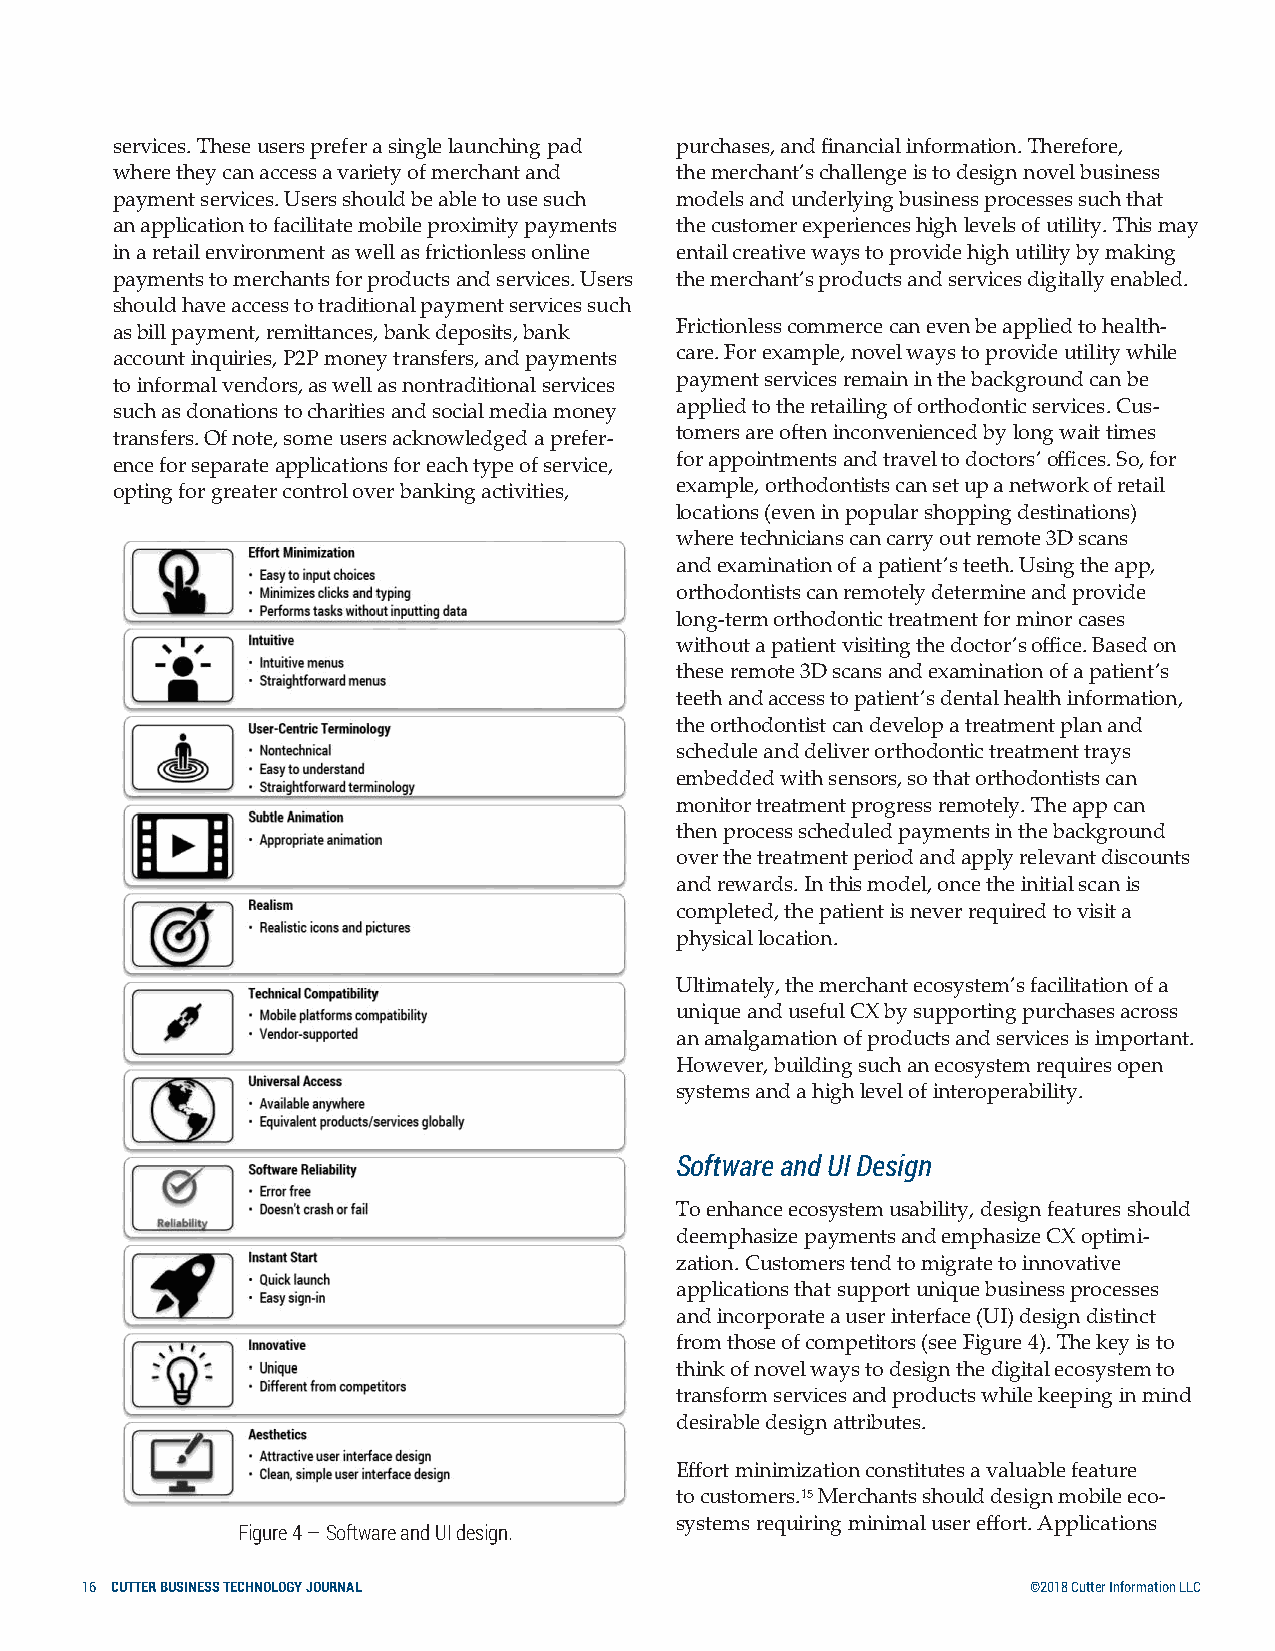
services. These users prefer a single launching pad purchases, and financial information. Therefore,
 where they can access a variety of merchant and the merchant’s challenge is to design novel business
 payment services. Users should be able to use such models and underlying business processes such that
 an application to facilitate mobile proximity payments the customer experiences high levels of utility. This may
 in a retail environment as well as frictionless online entail creative ways to provide high utility by making
 payments to merchants for products and services. Users the merchant’s products and services digitally enabled.
 should have access to traditional payment services such
 as bill payment, remittances, bank deposits, bank Frictionless commerce can even be applied to health-
 account inquiries, P2P money transfers, and payments care. For example, novel ways to provide utility while
 to informal vendors, as well as nontraditional services payment services remain in the background can be
 such as donations to charities and social media money applied to the retailing of orthodontic services. Cus-
 transfers. Of note, some users acknowledged a prefer- tomers are often inconvenienced by long wait times
 ence for separate applications for each type of service, for appointments and travel to doctors’ offices. So, for
 opting for greater control over banking activities, example, orthodontists can set up a network of retail
 locations (even in popular shopping destinations)
 where technicians can carry out remote 3D scans
 and examination of a patient’s teeth. Using the app,
 orthodontists can remotely determine and provide
 long-term orthodontic treatment for minor cases
 without a patient visiting the doctor’s office. Based on
 these remote 3D scans and examination of a patient’s
 teeth and access to patient’s dental health information,
 the orthodontist can develop a treatment plan and
 schedule and deliver orthodontic treatment trays
 embedded with sensors, so that orthodontists can
 monitor treatment progress remotely. The app can
 then process scheduled payments in the background
 over the treatment period and apply relevant discounts
 and rewards. In this model, once the initial scan is
 completed, the patient is never required to visit a
 physical location.
 Ultimately, the merchant ecosystem’s facilitation of a
 unique and useful CX by supporting purchases across
 an amalgamation of products and services is important.
 However, building such an ecosystem requires open
 systems and a high level of interoperability.
 Software and UI Design
 To enhance ecosystem usability, design features should
 deemphasize payments and emphasize CX optimi-
 zation. Customers tend to migrate to innovative
 applications that support unique business processes
 and incorporate a user interface (UI) design distinct
 from those of competitors (see Figure 4). The key is to
 think of novel ways to design the digital ecosystem to
 transform services and products while keeping in mind
 desirable design attributes.
 Effort minimization constitutes a valuable feature
 to customers.15 Merchants should design mobile eco-
 systems requiring minimal user effort. Applications
 Figure 4 — Software and UI design.
 16 CUTTER BUSINESS TECHNOLOGY JOURNAL                          ©2018 Cutter Information LLC